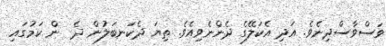
ވަސްވާސްދިނެވެ. އަދި އެކަލޭގެ ދެންނެވިއެވެ. ތިޔަ ދެކަނބަލުން ދެ  ން ކަމުގައި